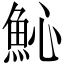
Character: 𩵽